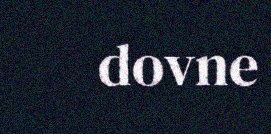
dovne